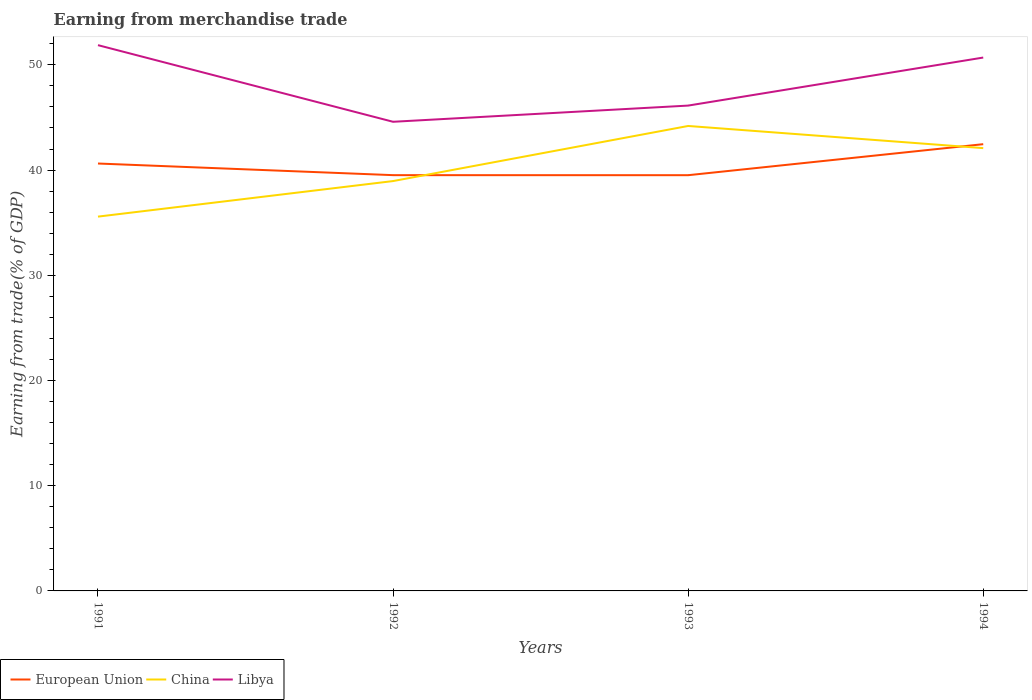
| Years | European Union | China | Libya |
 | --- | --- | --- | --- |
 | 1991 | 40.6 | 35.6 | 51.9 |
 | 1992 | 39.5 | 39 | 44.6 |
 | 1993 | 39.5 | 44.2 | 46.1 |
 | 1994 | 42.5 | 42.1 | 50.7 |